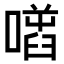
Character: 𠾌